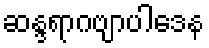
ဆန္ဒရာဂဗျာပါဒေန